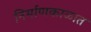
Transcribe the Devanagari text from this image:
निर्माणकाळात